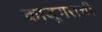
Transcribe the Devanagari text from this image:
काजूगराची